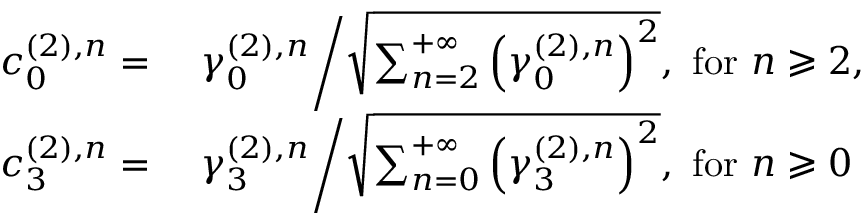
\begin{array} { r l } { c _ { 0 } ^ { ( 2 ) , n } = } & { \ \gamma _ { 0 } ^ { ( 2 ) , n } \bigg / \sqrt { \sum _ { n = 2 } ^ { + \infty } \left( \gamma _ { 0 } ^ { ( 2 ) , n } \right) ^ { 2 } } , \mathrm { ~ f o r ~ } n \geqslant 2 , } \\ { c _ { 3 } ^ { ( 2 ) , n } = } & { \ \gamma _ { 3 } ^ { ( 2 ) , n } \bigg / \sqrt { \sum _ { n = 0 } ^ { + \infty } \left( \gamma _ { 3 } ^ { ( 2 ) , n } \right) ^ { 2 } } , \mathrm { ~ f o r ~ } n \geqslant 0 } \end{array}